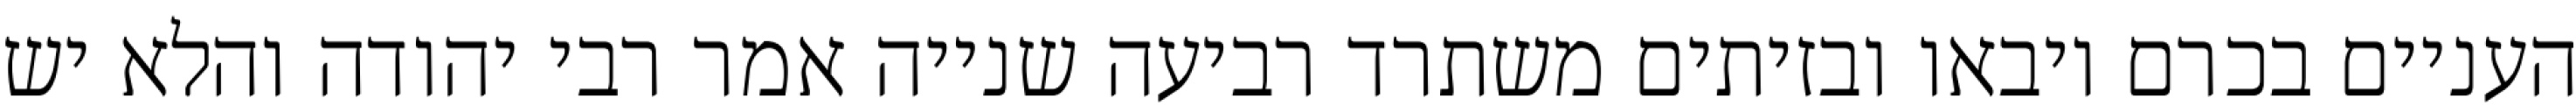
העניים בכרם ויבאו ובזיתים משתרד רביעה שנייה אמר רבי יהודה והלא יש